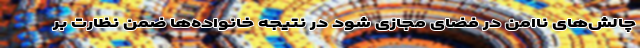
چالش‌های ناامن در فضای مجازی شود در نتیجه خانواده‌ها ضمن نظارت بر